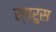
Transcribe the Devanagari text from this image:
स्प्रुस